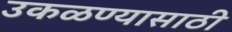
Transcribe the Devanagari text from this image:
उकळण्यासाठी